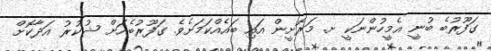
ގަފޫރުބެ ބުނީ އެމީހުންނަކީ ށ. މަރޮށީން އައި ބައެއްކަމަށެވެ. ގަފޫރުބެއަށް ޝުކުރު އަދާކޮށް